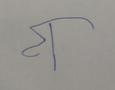
Signature authenticity: forged